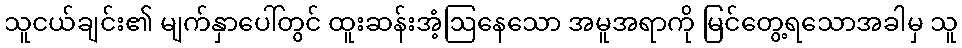
သူငယ်ချင်း၏ မျက်နှာပေါ်တွင် ထူးဆန်းအံ့ဩနေသော အမူအရာကို မြင်တွေ့ရသောအခါမှ သူ